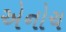
એનોચ